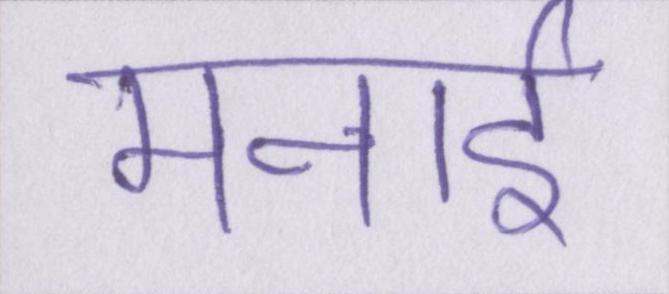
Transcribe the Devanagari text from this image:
मनाई